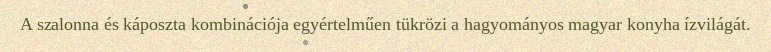
A szalonna és káposzta kombinációja egyértelműen tükrözi a hagyományos magyar konyha ízvilágát.